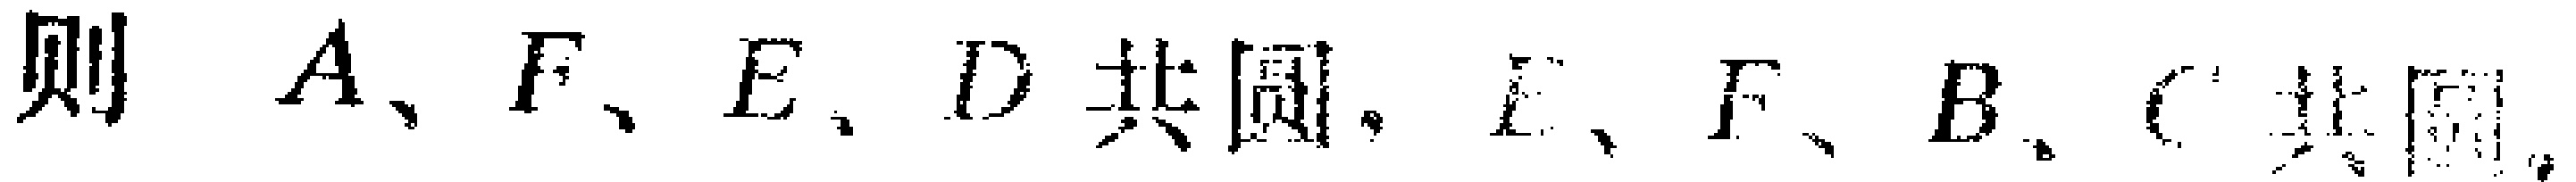
则 \(A、F、E、D\) 共圆，\(E、F、B、C\) 共圆。